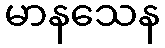
မာနသေန